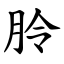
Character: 朎